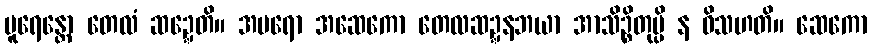
ပူရေန္တော တေလံ ဆဍ္ဍေတိ။ အပရော အဆေကော တေလဆဍ္ဍနဘယာ အာသိဉ္စိတုမ္ပိ န ဝိသဟတိ။ ဆေကော